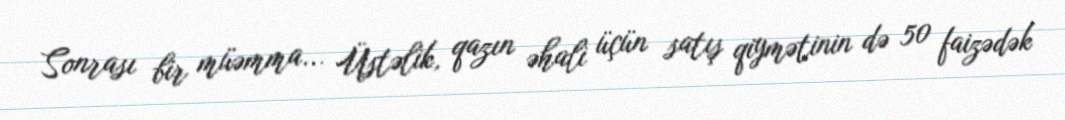
Sonrası bir müəmma... Üstəlik, qazın əhali üçün satış qiymətinin də 50 faizədək